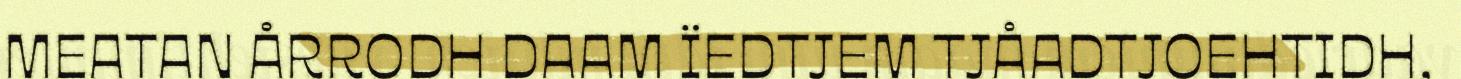
MEATAN ÅRRODH DAAM ÏEDTJEM TJÅADTJOEHTIDH,